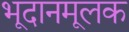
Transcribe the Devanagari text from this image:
भूदानमूलक